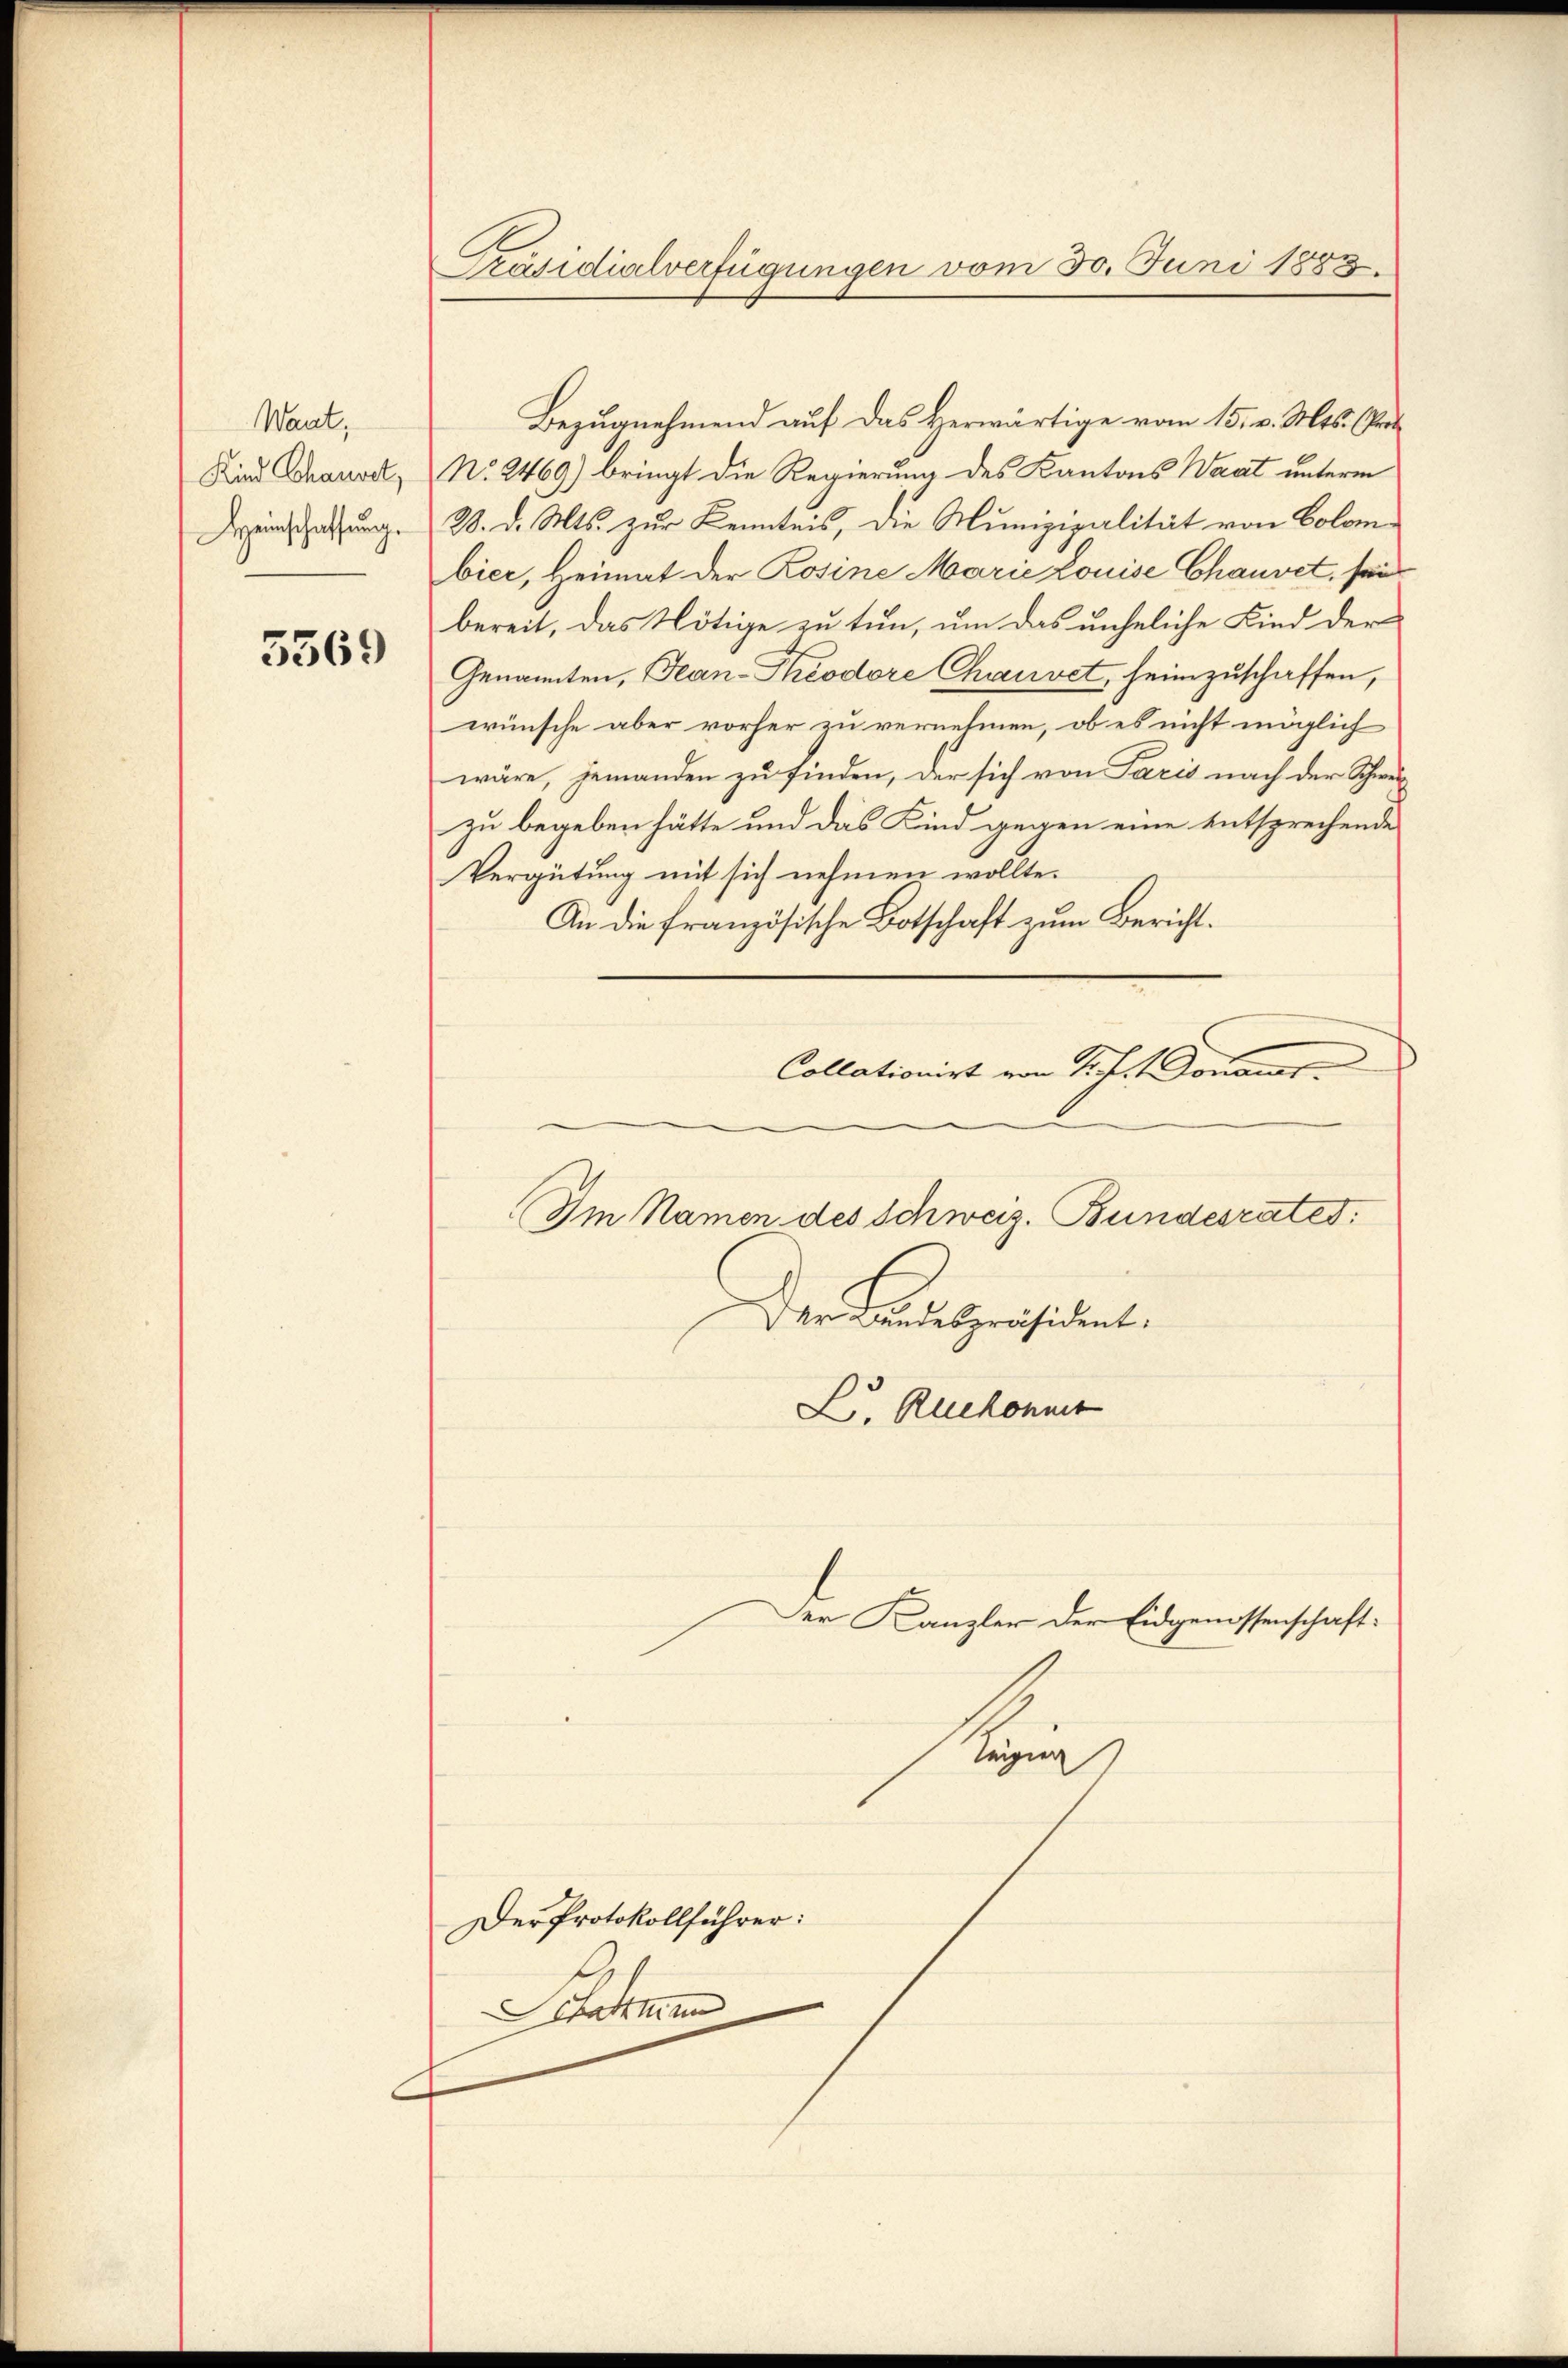
Want,
Kind Chausetz
Heinschaffung.

5369

Präsidialverfügungen vom 30. Juni 1883.

Bezugnehmend auf das Herwärtige vom 15. v. Mts. (Prot
No. 2469) bringt die Regierung des Kantons Waat unterm
28. d. Mts. zur Kenntnis, die Munizipalität von Colombier, Heimat der Rosine Marie Louise Chauvet, sein
bereit, das Nötige zu tun, um das unheliche Kind der
Genannten, Jean-Theodore Chauvet, heimzuschaffen,
wünsche aber vorher zu vernehmen, ob es nicht möglich
wäre, jemanden zu finden, der sich von Paris nach der Schwer
zu begeben hätte und das Kind gegen eine entsprechende
Vergütung mit sich nehmen wollte.
An die französische Botschaft zum Bericht.
Collationirt von Sichst Donaus
Im Namen des Schweiz. Bundesrates.
.
Der Landespräsident.
L. Ruekonnt

Der Protokollführer:
Schahmun

Der Kanzler der Eidgenossenschaft

Senn